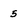
Character: 5